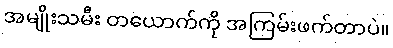
အမျိုးသမီး တယောက်ကို အကြမ်းဖက်တာပဲ။